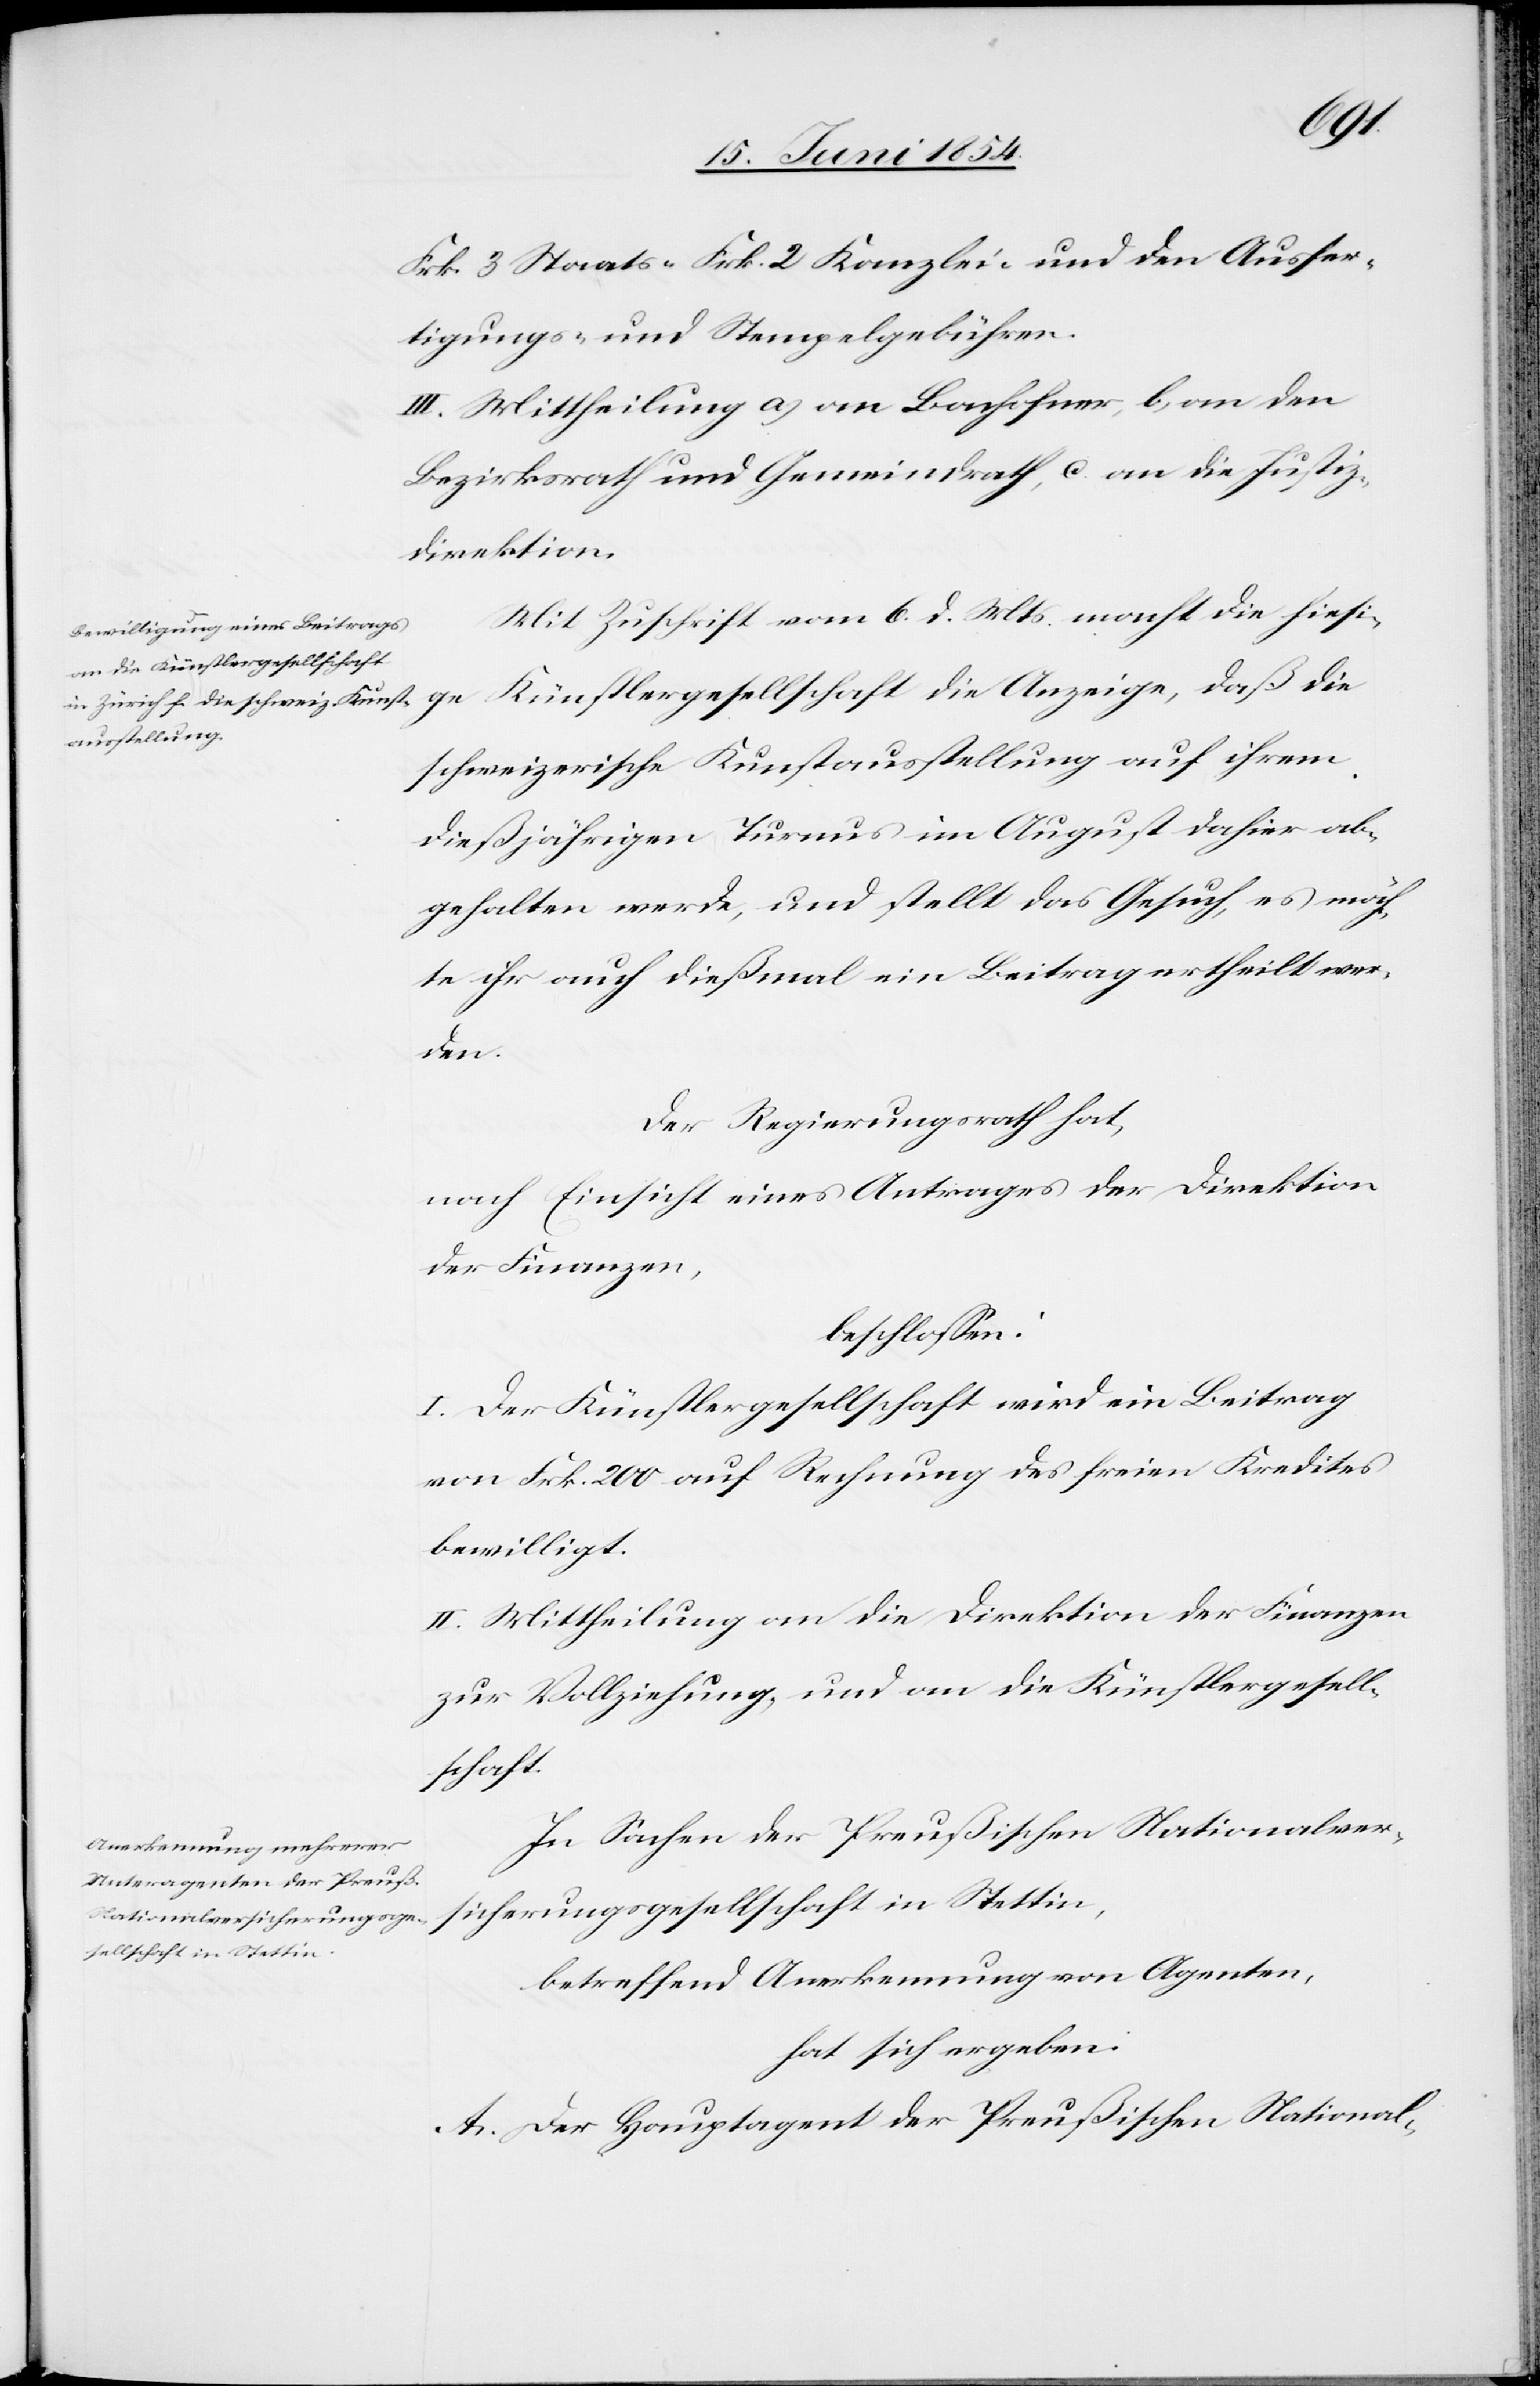
die
Frk. 3 Staats-[,] Frk. 2 Kanzlei- und den Ausfer¬
tigungs- und Stempelgebühren.
III. Mittheilung a) an Bachofner, b) an den
Bezirksrath und Gemeindrath, c. an die Justiz¬
direktion.
Mit Zuschrift vom 6. d. Mts. macht die hiesi¬
ge Künstlergesellschaft
schweizerische Kunstausstellung auf ihrem
dießjährigen Turnus im August dahier ab¬
gehalten werde, und stellt das Gesuch, es möch¬
te ihr auch dießmal ein Beitrag ertheilt wer¬
den.
Der Regierungsrath hat,
nach Einsicht eines Antrages der Direktion
der Finanzen,
beschloßen:
I. Der Künstlergesellschaft wird ein Beitrag
von Frk. 200 auf Rechnung des freien Kredites
bewilligt.
II. Mittheilung an die Direktion der Finanzen
zur Vollziehung, und an die Künstlergesell¬
schaft.
In Sachen der Preußischen Nationalver¬
sicherungsgesellschaft in Stettin,
betreffend Anerkennung von Agenten,
hat sich ergeben:
A. Der Hauptagent der Preußischen National-